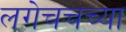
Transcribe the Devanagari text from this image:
लगेचचच्या